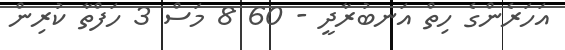
އަހަރެންގެ ހިތް އަނބުރާދީ - 60 8 މަސް 3 ހަފްތާ ކުރިން